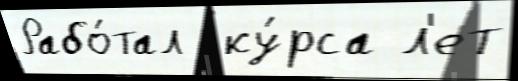
Рабо́тал  ку́рса л'ет